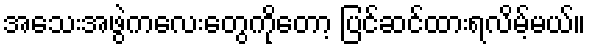
အသေးအဖွဲကလေးတွေကိုတော့ ပြင်ဆင်ထားရလိမ့်မယ်။